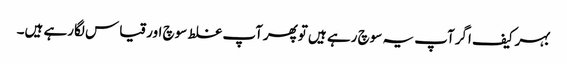
بہرکیف اگرآپ یہ سوچ رہے ہیں توپھرآپ غلط سوچ اورقیاس لگارہے ہیں۔